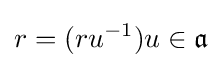
r=(ru^{-1})u\in {\mathfrak {a}}